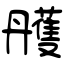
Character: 雘